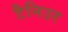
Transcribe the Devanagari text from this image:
टैनिउर